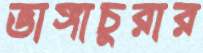
ভাঙ্গাচুরার